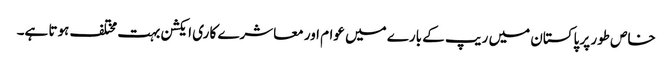
خاص طور پر پاکستان میں ریپ کے بارے میں عوام اور معاشرے کا ری ایکشن بہت مختلف ہوتا ہے۔